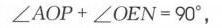
\(\angle AOP+\angle OEN = 90^{\circ}\),